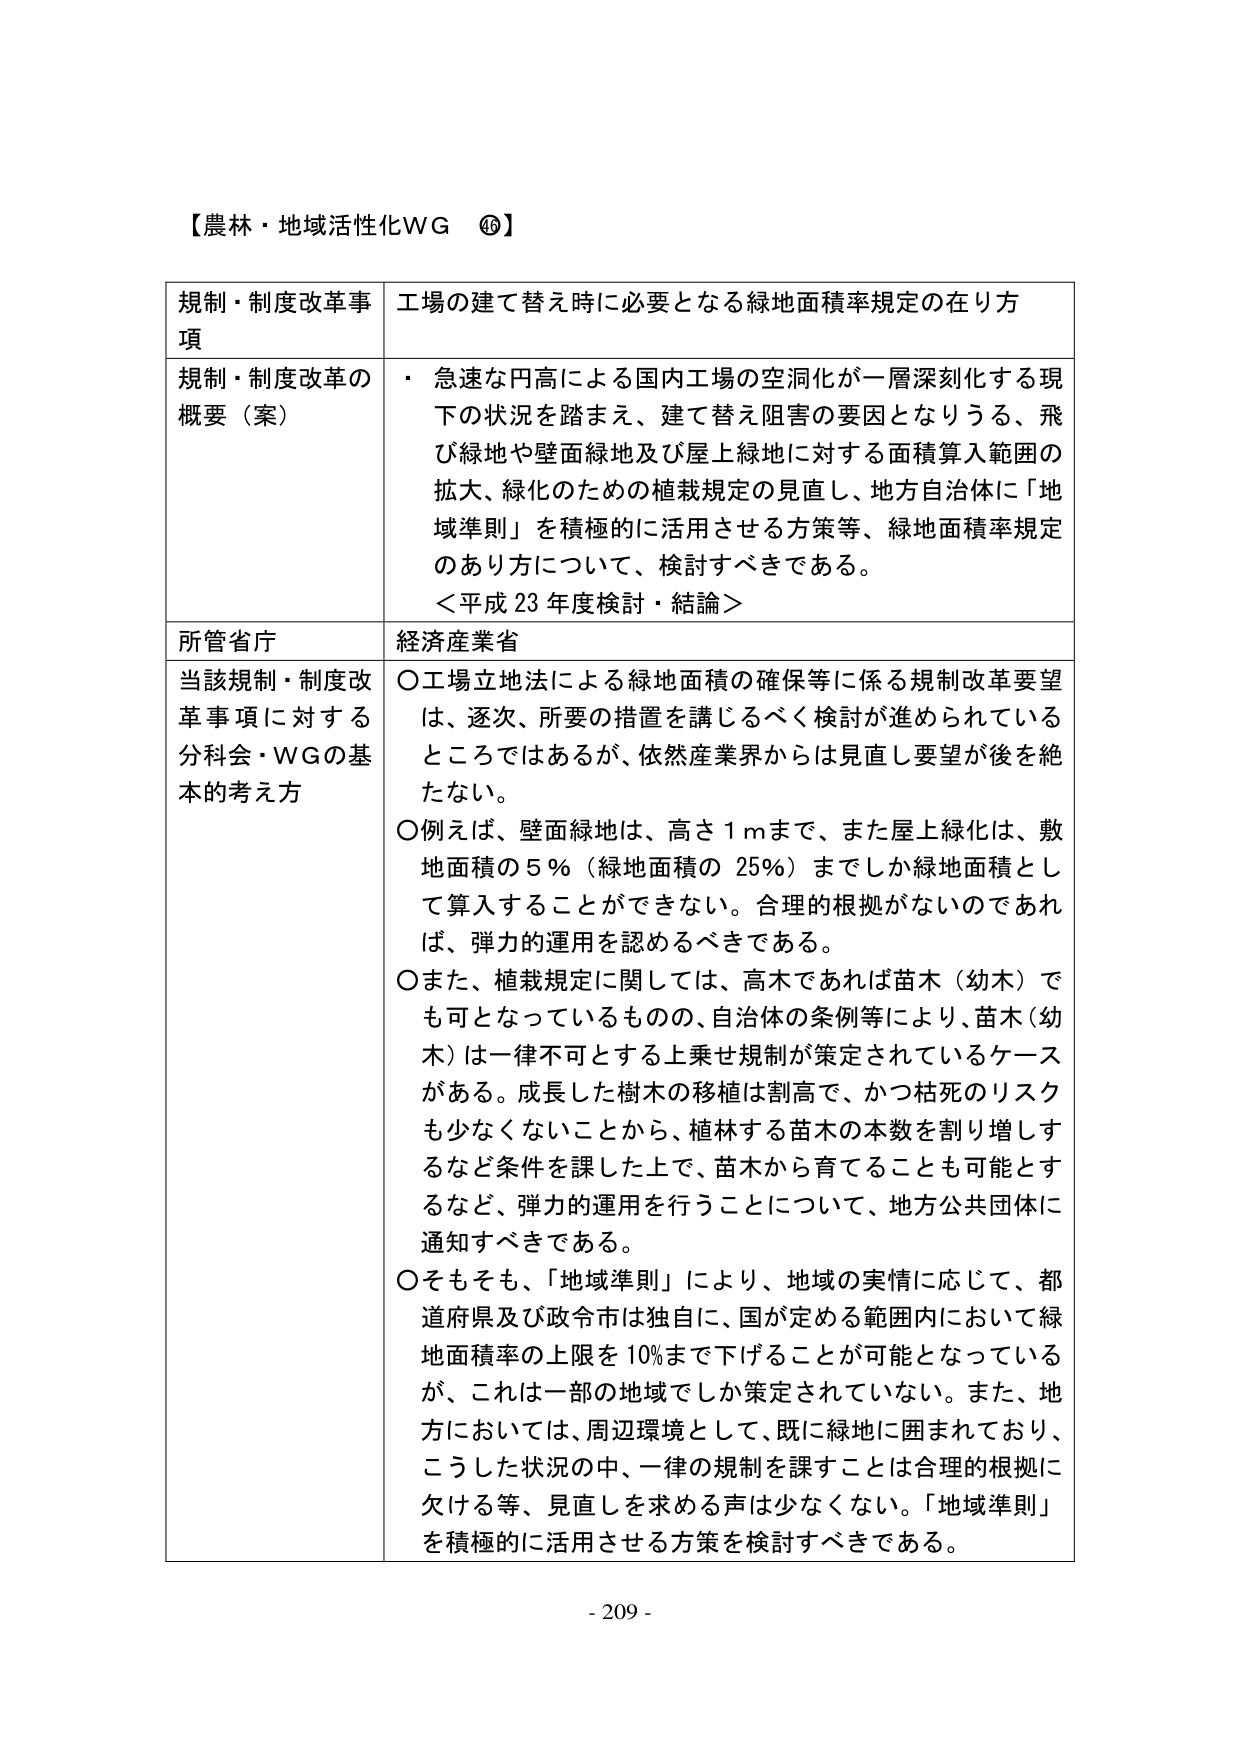
【農林・地域活性化WG ⑯】

規制・制度改革事項　工場の建て替え時に必要となる緑地面積率規定の在り方

規制・制度改革の概要（案）　・急速な円高による国内工場の空洞化が一層深刻化する現下の状況を踏まえ、建て替え阻害の要因となりうる、飛び绿地や壁面绿地及び屋上绿地に対する面積算入範囲の拡大、緑化のための植栽規定の見直し、地方自治体に「地域準則」を積極的に活用させる方策等、緑地面積率規定のあり方について、検討すべきである。
＜平成23年度検討・結論＞

所管省庁　経済産業省

当該規制・制度改革事項に対する分科会・WGの基本的考え方　○工場立地法による緑地面積の確保等に係る規制改革要望は、逐次、所要の措置を講じるべく検討が進められているところではあるが、依然産業界からは見直し要望が後を絶たない。
○例えば、壁面绿地は、高さ1mまで、また屋上緑化は、敷地面積の5％（緑地面積の25％）までしか緑地面積として算入することができない。合理的根拠がないのであれば、弾力的運用を認めるべきである。
○また、植栽規定に関しては、高木であれば苗木（幼木）でも可となっているものの、自治体の条例等により、苗木（幼木）は一律不可とする上乗せ規制が策定されているケースがある。成長した樹木の移植は割高で、かつ枯死のリスクも少なくないことから、植林する苗木の本数を割り増しするなど条件を課した上で、苗木から育てることも可能とするなど、弾力的運用を行うことについて、地方公共団体に通知すべきである。
○そもそも、「地域準則」により、地域の実情に応じて、都道府県及び政令市は独自に、国が定める範囲内において緑地面積率の上限を10％まで下げることが可能となっているが、これは一部の地域でしか策定されていない。また、地方においては、周辺環境として、既に緑地に囲まれており、こうした状況の中、一律の規制を課すことは合理的根拠に欠ける等、見直しを求める声は少なくない。「地域準則」を積極的に活用させる方策を検討すべきである。

- 209 -